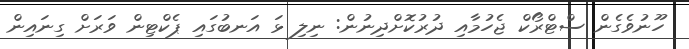
ހޫނުވެގެން ސްޓްރޯކް ޖެހުމާއި ދުރުކޮށްދިނުން: ނިލި ޅަ އަނބުގައި ޕެކްޓިން ވަރަށް ގިނައިން